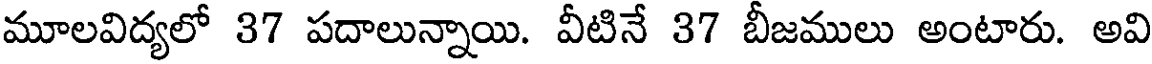
మూలవిద్యలో 37 పదాలున్నాయి. వీటినే 37 బీజములు అంటారు. అవి